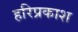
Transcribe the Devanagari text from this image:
हरिप्रकाश